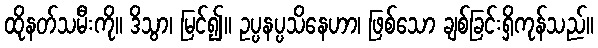
ထိုနတ်သမီးကို။ ဒိသွာ၊ မြင်၍။ ဥပ္ပနပ္ပသိနေဟာ၊ ဖြစ်သော ချစ်ခြင်းရှိကုန်သည်။